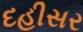
દહીસર